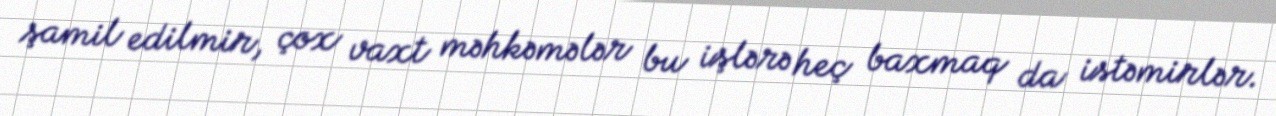
şamil edilmir, çox vaxt məhkəmələr bu işlərə heç baxmaq da istəmirlər.